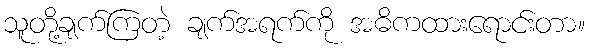
သူတို့ချက်ကြတဲ့ ချက်အရက်ကို အဓိကထားရောင်းတာ။